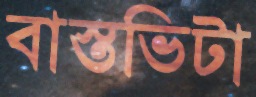
বাস্তভিটা